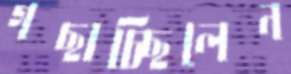
গছাচ্ছিলেন